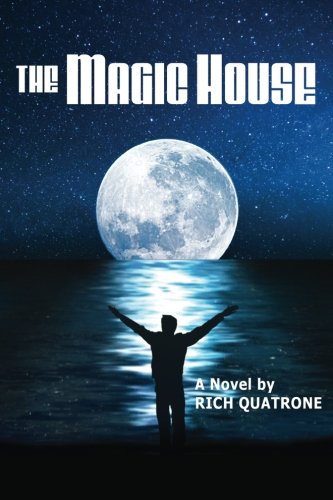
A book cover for The Magic House; Rich Quatrone; Romance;